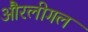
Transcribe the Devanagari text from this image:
औरलीगल